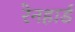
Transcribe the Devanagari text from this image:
रेनहार्ड